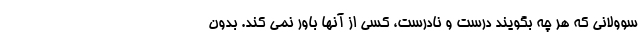
سوولانی که هر چه بگویند درست و نادرست، کسی از آنها باور نمی کند. بدون